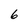
Character: 6